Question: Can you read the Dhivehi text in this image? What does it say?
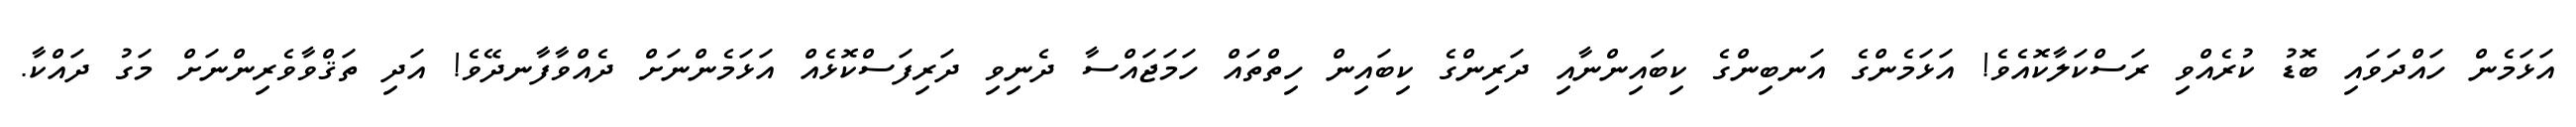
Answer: އަޅަމެން ހައްދަވައި ބޮޑު ކުރެއްވި ރަސްކަލާކޮއެވެ! އަޅަމެންގެ އަނބިންގެ ކިބައިންނާއި ދަރިންގެ ކިބައިން ހިތްތައް ހަމަޖައްސާ ދެނިވި ދަރިފަސްކޮޅެއް އަޅަމެންނަށް ދެއްވާފާނދޭވެ! އަދި ތަޤްވާވެރިންނަށް މަގު ދައްކާ.